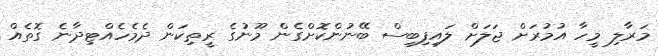
މަރާލި މީހާ އުމުރަށް ޖަލަށް ލައިފިބިސް ބޭނުންކޮށްގެން މޫނުގެ ރީތިކަން ދެމެހެއްޓިދާނެ ގޮތެއް